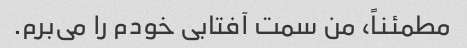
مطمئناً، من سمت آفتابی خودم را می‌برم.